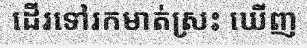
ដើរទៅរកមាត់ស្រះ ឃើញ